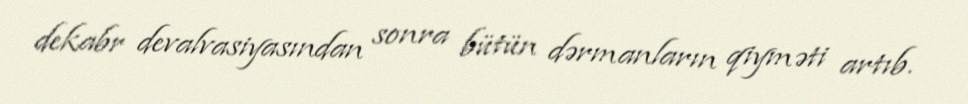
dekabr devalvasiyasından sonra bütün dərmanların qiyməti artıb.